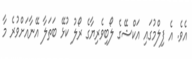
އެވެ. އެ ފިލްމުގައި އަކްޝޭގެ ލޯބިވެރިޔާގެ ރޯލު ކުޅޭ ބަތަލާ އޭނާއަށްވުރެ މާ